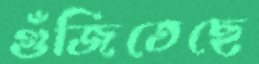
গুঁজিতেছে